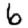
Digit: 6